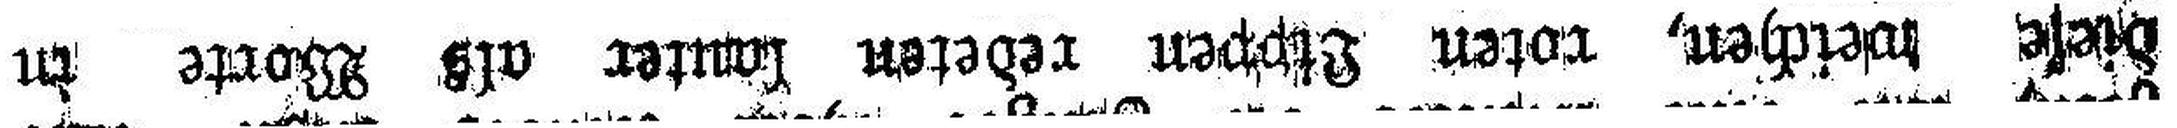
diese weichen, roten Lippen redeten lauter als Worte in